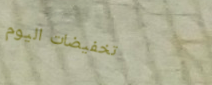
تخفيضات اليوم